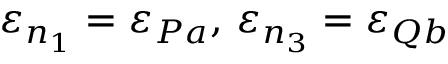
\varepsilon _ { n _ { 1 } } = \varepsilon _ { P a } , \, \varepsilon _ { n _ { 3 } } = \varepsilon _ { Q b }